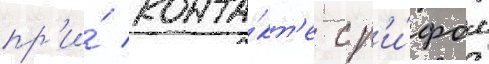
пр'и́ конта́кт'е с р'и́фом